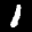
Label: 1